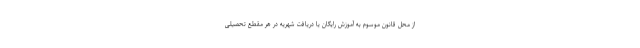
از محل قانون موسوم به آموزش رایگان یا دریافت شهریه در هر مقطع تحصیلی